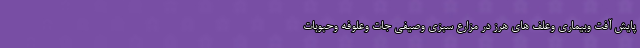
پایش آفت وبیماری وعلف های هرز در مزارع سبزی وصیفی جات وعلوفه وحبوبات